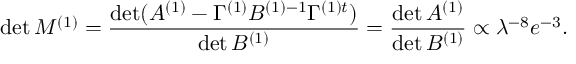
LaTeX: \operatorname * { d e t } M ^ { ( 1 ) } = \frac { \operatorname * { d e t } ( A ^ { ( 1 ) } - \Gamma ^ { ( 1 ) } B ^ { ( 1 ) - 1 } \Gamma ^ { ( 1 ) t } ) } { \operatorname * { d e t } B ^ { ( 1 ) } } = \frac { \operatorname * { d e t } A ^ { ( 1 ) } } { \operatorname * { d e t } B ^ { ( 1 ) } } \propto \lambda ^ { - 8 } e ^ { - 3 } .